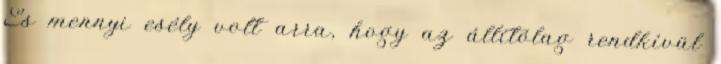
És mennyi esély volt arra, hogy az állítólag rendkívül